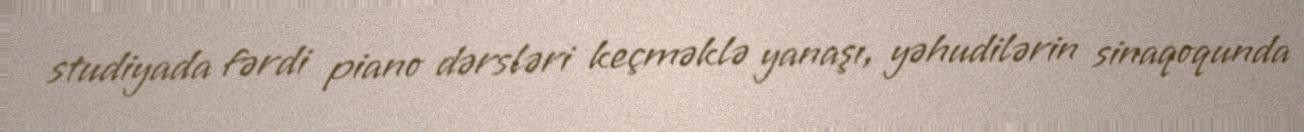
studiyada fərdi piano dərsləri keçməklə yanaşı, yəhudilərin sinaqoqunda